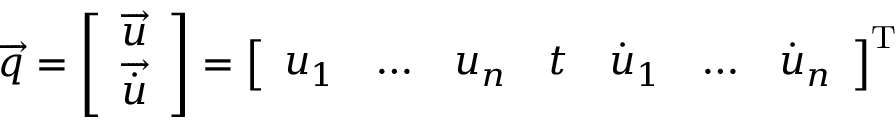
{ \overrightarrow { q } } = { \left[ \begin{array} { l } { { \overrightarrow { u } } } \\ { { \overrightarrow { \dot { u } } } } \end{array} \right] } = { \left[ \begin{array} { l l l l l l l } { u _ { 1 } } & { \ldots } & { u _ { n } } & { t } & { { \dot { u } } _ { 1 } } & { \ldots } & { { \dot { u } } _ { n } } \end{array} \right] } ^ { \mathrm { T } }